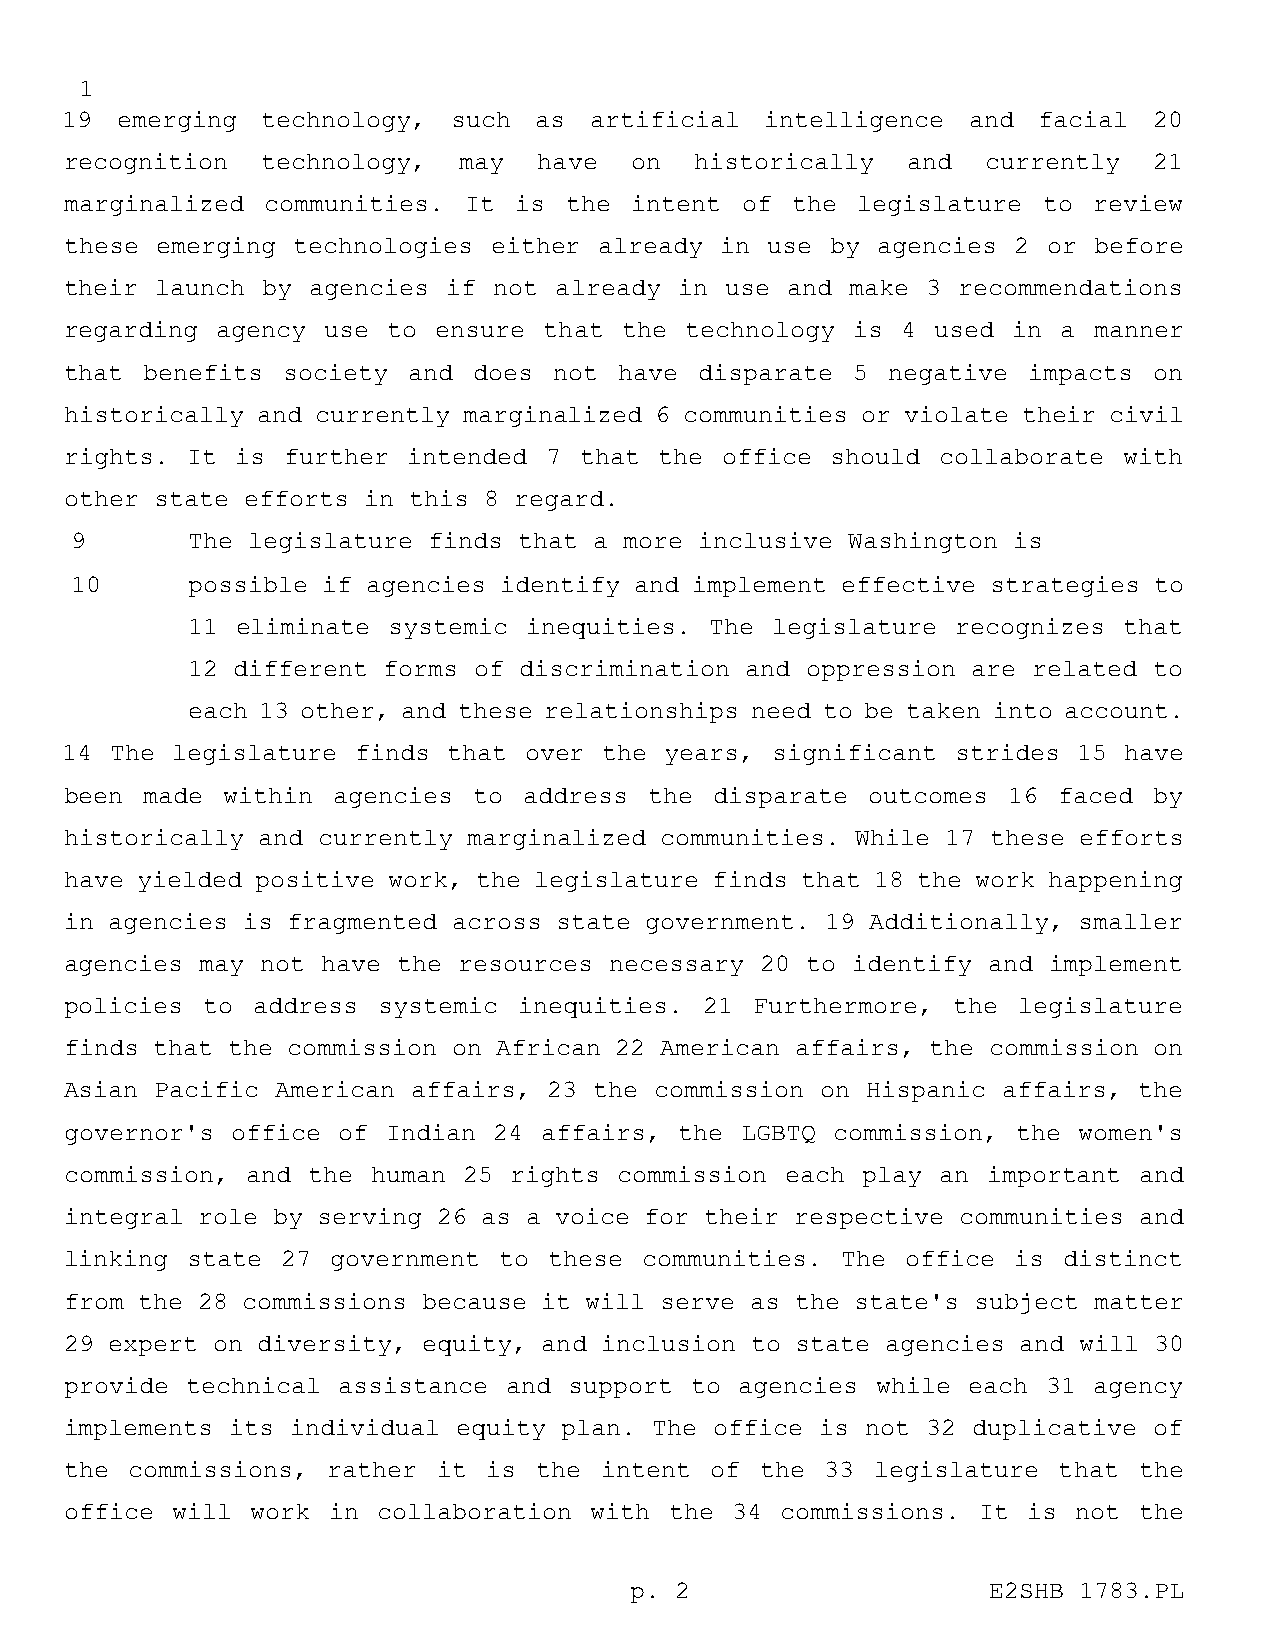
1
 19  emerging technology,  such as  artificial  intelligence and  facial 20
 recognition  technology,  may   have  on  historically  and  currently  21
 marginalized communities.  It is the  intent of the  legislature to review
 these emerging technologies  either already in use by agencies 2 or before
 their launch by agencies  if not already in use and make 3 recommendations
 regarding agency use  to ensure that the technology is  4 used in a manner
 that  benefits society and does  not have disparate 5  negative impacts on
 historically and currently marginalized 6 communities or violate their civil
 rights. It  is further intended 7 that  the office should collaborate with
 other state efforts in this 8 regard.
 9      The legislature finds that a more inclusive Washington is
 10     possible if agencies identify and implement effective strategies to
 11  eliminate systemic inequities. The legislature recognizes that
 12 different forms of discrimination and oppression are related to
 each 13 other, and these relationships need to be taken into account.
 14 The legislature finds  that over the years, significant strides 15 have
 been  made within agencies to  address the disparate outcomes  16 faced by
 historically and currently marginalized communities. While 17 these efforts
 have yielded positive work, the legislature finds that 18 the work happening
 in agencies is fragmented across state government. 19 Additionally, smaller
 agencies may not have the resources necessary 20 to identify and implement
 policies to  address systemic inequities.  21 Furthermore, the legislature
 finds that the commission on African 22 American affairs, the commission on
 Asian Pacific American affairs, 23 the commission on Hispanic affairs, the
 governor's office of  Indian 24 affairs, the LGBTQ commission, the women's
 commission, and the  human 25 rights commission each play an important and
 integral role by serving 26 as a voice for their respective communities and
 linking state  27 government to these  communities. The office is distinct
 from the 28 commissions because it will serve as the state's subject matter
 29 expert on diversity, equity, and inclusion to state agencies and will 30
 provide technical assistance and  support to agencies while each 31 agency
 implements its individual equity plan. The office is not 32 duplicative of
 the commissions,  rather it is the  intent of the  33 legislature that the
 office will  work in collaboration with the 34  commissions. It is not the
 p. 2                   E2SHB 1783.PL